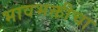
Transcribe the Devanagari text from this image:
भावभक्तीचा